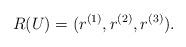
LaTeX: \begin{align*} R(U)=(r^{(1)},r^{(2)},r^{(3)}). \end{align*}